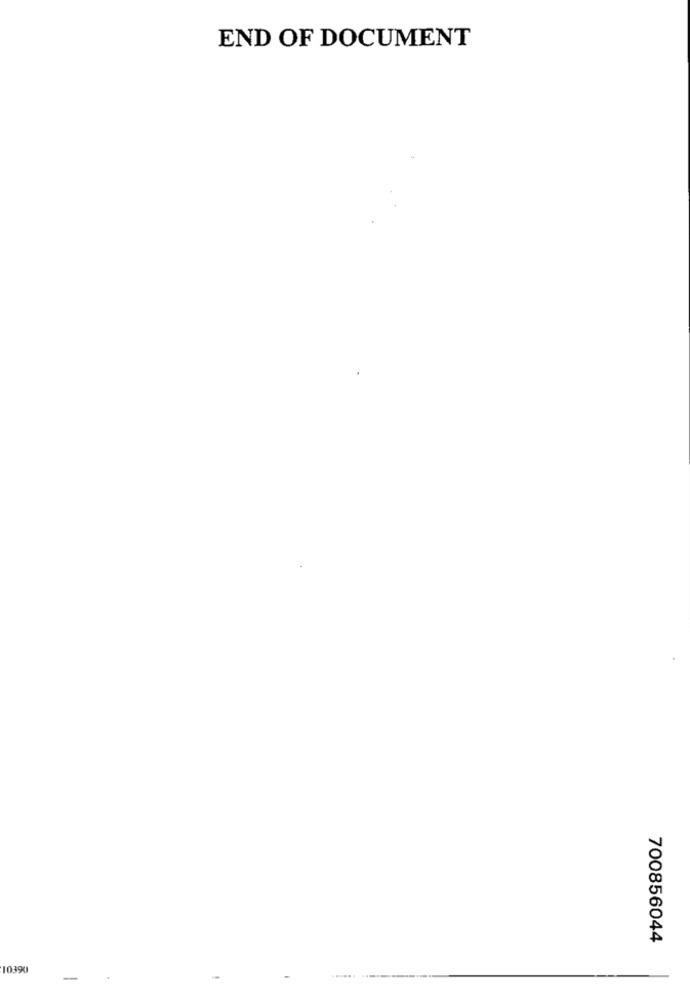
END OF DOCUMENT
700856044
10390
-